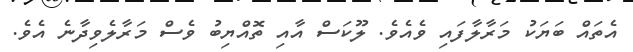
އެތައް ބަޔަކު މަރާލާފައި ވެއެވެ. ލޫކަސް އާއި ތޮއްޔިބު ވެސް މަރާލެވިދާނެ އެވެ.